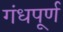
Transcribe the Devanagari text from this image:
गंधपूर्ण